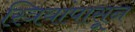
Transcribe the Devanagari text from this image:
स्त्रियांपासून